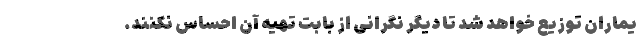
یماران توزیع خواهد شد تا دیگر نگرانی از بابت تهیه آن احساس نکنند.